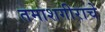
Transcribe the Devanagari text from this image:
तमाशगीराचे